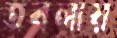
তবলায়